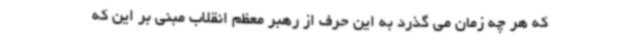
که هر چه زمان می گذرد به این حرف از رهبر معظم انقلاب مبنی بر این که